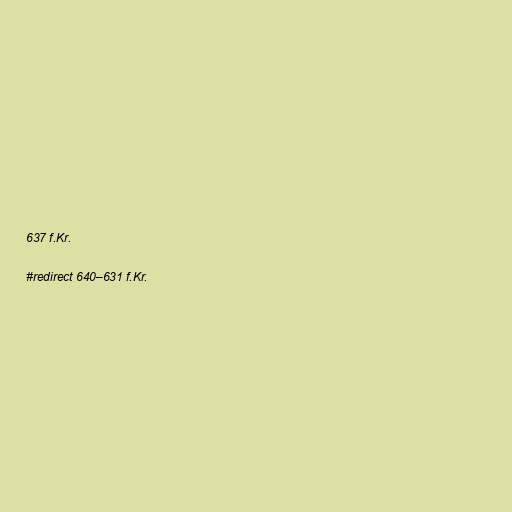
637 f.Kr.

#redirect 640–631 f.Kr.